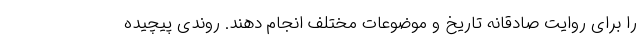
را برای روایت صادقانه تاریخ و موضوعات مختلف انجام دهند. روندی پیچیده